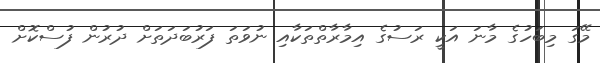
މޭގަ މިބަހުގެ މާނަ އަކީ ރަސުގެ އިމާރާތްތަކާއި ނުވަތަ ފަރުބަދަތަށް ދުރުން ފުސްކޮށް